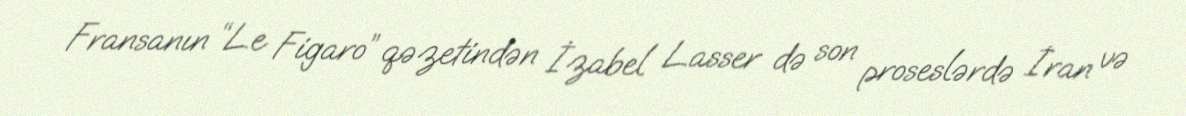
Fransanın “Le Figaro” qəzetindən İzabel Lasser də son proseslərdə İran və